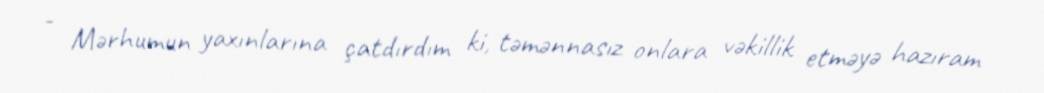
- Mərhumun yaxınlarına çatdırdım ki, təmənnasız onlara vəkillik etməyə hazıram